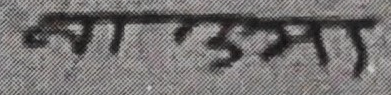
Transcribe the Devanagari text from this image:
न्याय उत्तम